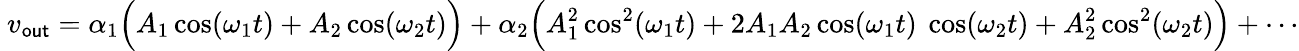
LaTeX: \ v_{\mathsf{out}}=\alpha_{1}{\Bigl(}A_{1}\cos(\omega_{1}t)+A_{2}\cos(\omega_{2}t){\Bigr)}+\alpha_{2}{\Bigl(}A_{1}^{2}\cos^{2}(\omega_{1}t)+2A_{1}A_{2}\cos(\omega_{1}t)\ \cos(\omega_{2}t)+A_{2}^{2}\cos^{2}(\omega_{2}t){\Bigr)}+\cdots